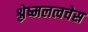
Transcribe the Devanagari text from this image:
श्लेष्मलत्वचेस